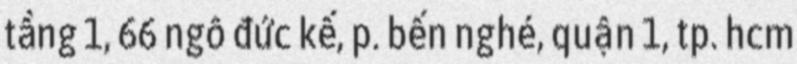
tầng 1, 66 ngô đức kế, p. bến nghé, quận 1, tp. hcm